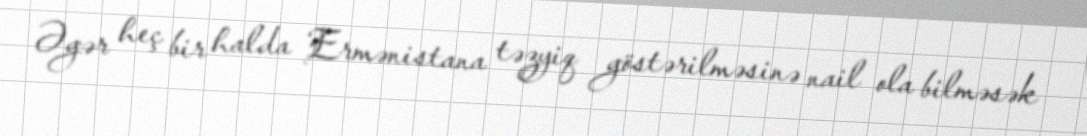
Əgər heç bir halda Ermənistana təzyiq göstərilməsinə nail ola bilməsək